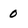
Character: 0